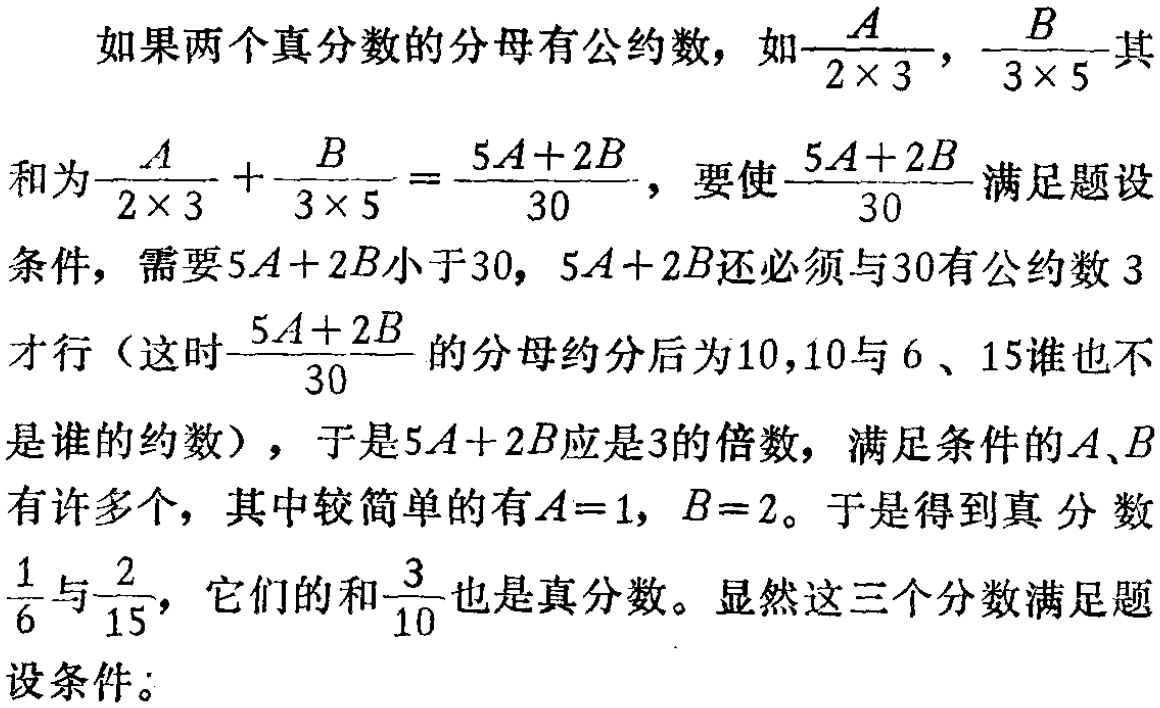
如果两个真分数的分母有公约数，如$\frac{A}{2\times 3}$，$\frac{B}{3\times 5}$其
和为$\frac{A}{2\times 3}+\frac{B}{3\times 5}=\frac{5A + 2B}{30}$，要使$\frac{5A + 2B}{30}$满足题设
条件，需要$5A + 2B$小于$30$，$5A + 2B$还必须与$30$有公约数$3$
才行（这时$\frac{5A + 2B}{30}$的分母约分后为$10$，$10$与$6$、$15$谁也不
是谁的约数），于是$5A + 2B$应是$3$的倍数，满足条件的$A、B$
有许多个，其中较简单的有$A = 1$，$B = 2$。于是得到真分数
$\frac{1}{6}$与$\frac{2}{15}$，它们的和$\frac{3}{10}$也是真分数。显然这三个分数满足题
设条件。